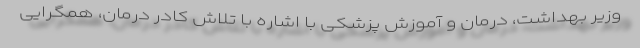
وزیر بهداشت، درمان و آموزش پزشکی با اشاره با تلاش کادر درمان، همگرایی